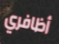
أظافري